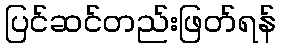
ပြင်ဆင်တည်းဖြတ်ရန်